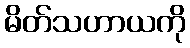
မိတ်သဟာယကို